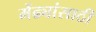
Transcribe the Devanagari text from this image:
मेंढ्यांसाठी